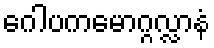
ဂေါပကမောဂ္ဂလ္လာနံ